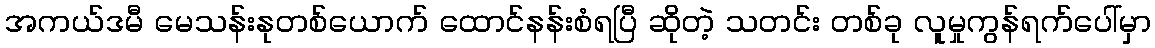
အကယ်ဒမီ မေသန်းနုတစ်ယောက် ထောင်နန်းစံရပြီ ဆိုတဲ့ သတင်း တစ်ခု လူမှုကွန်ရက်ပေါ်မှာ